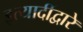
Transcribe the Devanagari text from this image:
इत्यादींद्वारे